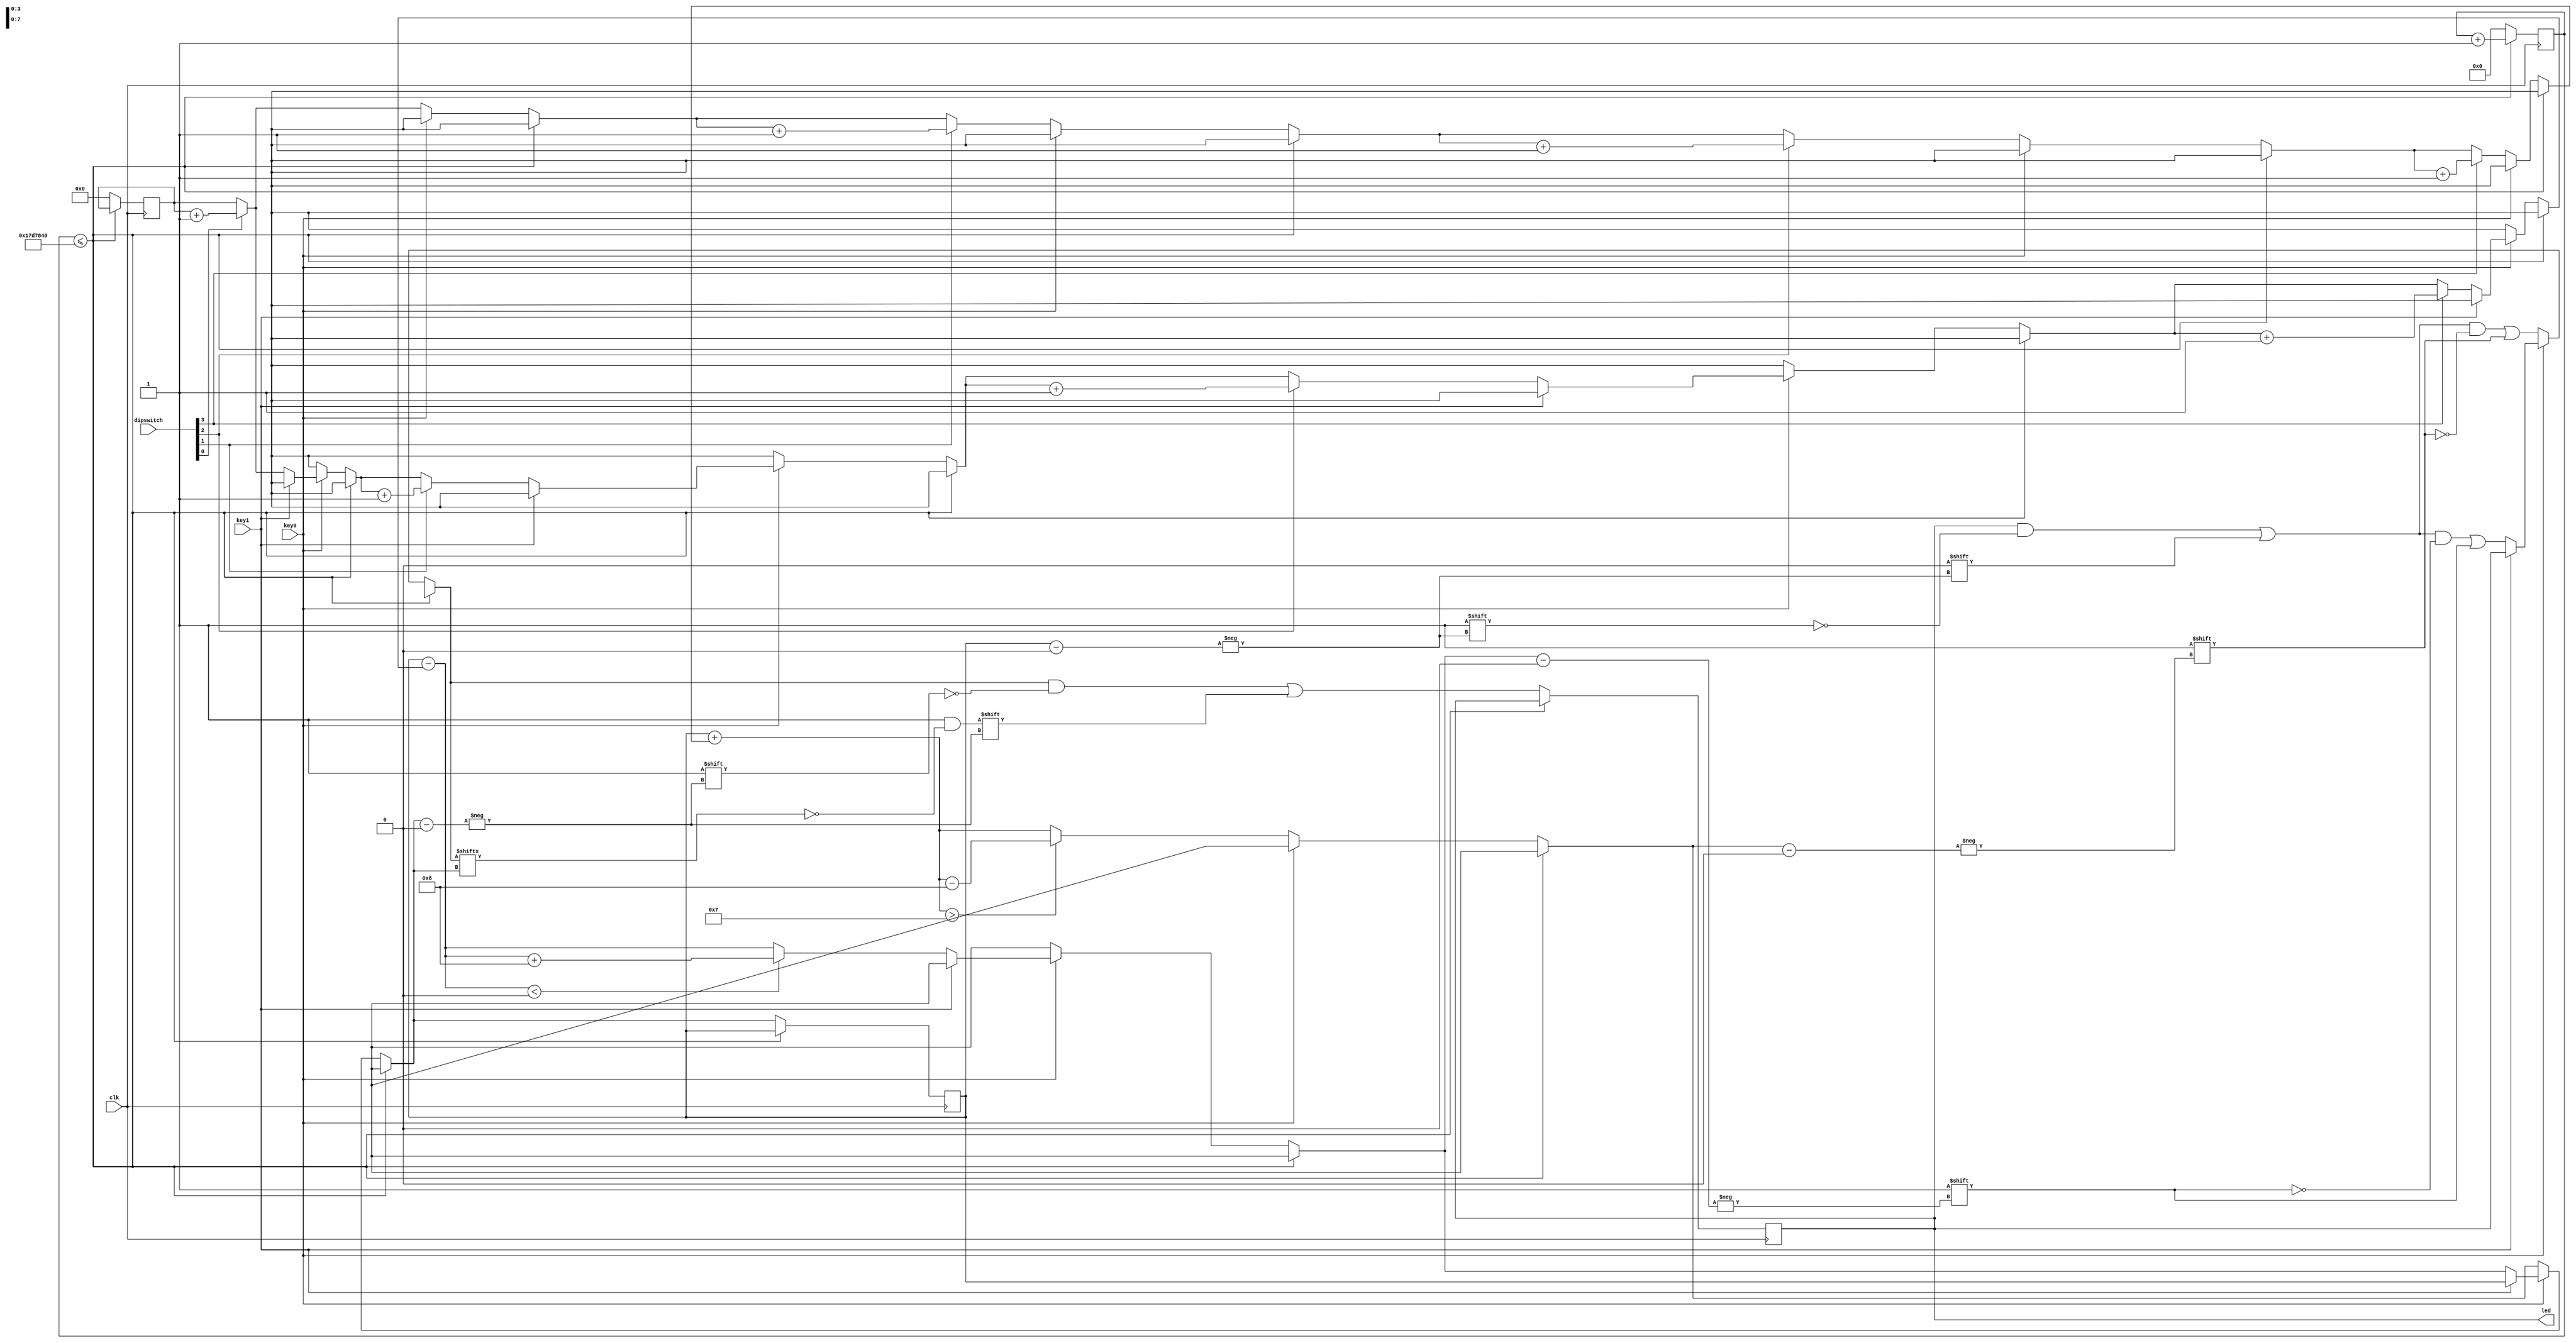
module helloworld (clk, led, dipswitch, key0, key1);
		// declare inputs
		// pins are in pin planner/DE0-Nano User Guide
		input clk;
		input key0;
		input key1;
		input [3:0] dipswitch;
		
		output reg [7:0] led; 
	


reg [31:0] counter = 0;
integer i = 0;
reg [3:0] toggle = 0;

always @ (posedge clk)
begin
	// 50MHz internal clock
	// 25M clock cycles = 0.5s
	if (counter <= 25000000)
	begin
		counter <= counter + 1;
	end

	else
	begin
		counter <= 0;	
	
		// increment or decrement on buttonpress depending on button pressed
		if (~key0)
		begin
			led[i] = 0;
			if (dipswitch[0] == 1)
			begin
				toggle = toggle + 1'b1;
			end
			if (dipswitch[1] == 1)
			begin
				toggle = toggle + 1'b1;
			end
			if (dipswitch[2] == 1)
			begin
				toggle = toggle + 1'b1;
			end
			if (dipswitch[3] == 1)
			begin
				toggle = toggle + 1'b1;
			end
			
			// increment i by the number of switches activated
			i = i + toggle;
			
			// wraparound to 0
			if (i > 7)
			begin
				i = i - 8;
			end
			
			led[i] = 1;
		
		end
		else if (~key1)
		begin
			led[i] = 0;
			if (dipswitch[0] == 1)
			begin
				toggle = toggle + 1'b1;
			end
			if (dipswitch[1] == 1)
			begin
				toggle = toggle + 1'b1;
			end
			if (dipswitch[2] == 1)
			begin
				toggle = toggle + 1'b1;
			end
			if (dipswitch[3] == 1)
			begin
				toggle = toggle + 1'b1;
			end
			
			// decrement i by the number of switches activated
			i = i - toggle;
			
			// wraparound to 7
			if (i < 0)
			begin
				i = i + 8;
			end
			
			// activate selected LED
			led[i] = 1;
		
		end

		else 
		begin
	
		end
		
		// flash LED
		led[i] = ~led[i];	
		
		// reset toggle value
		toggle = 0;
	end
	
	
end


endmodule